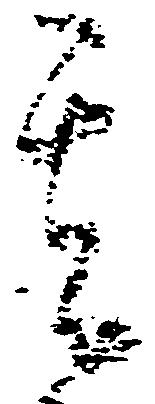
其